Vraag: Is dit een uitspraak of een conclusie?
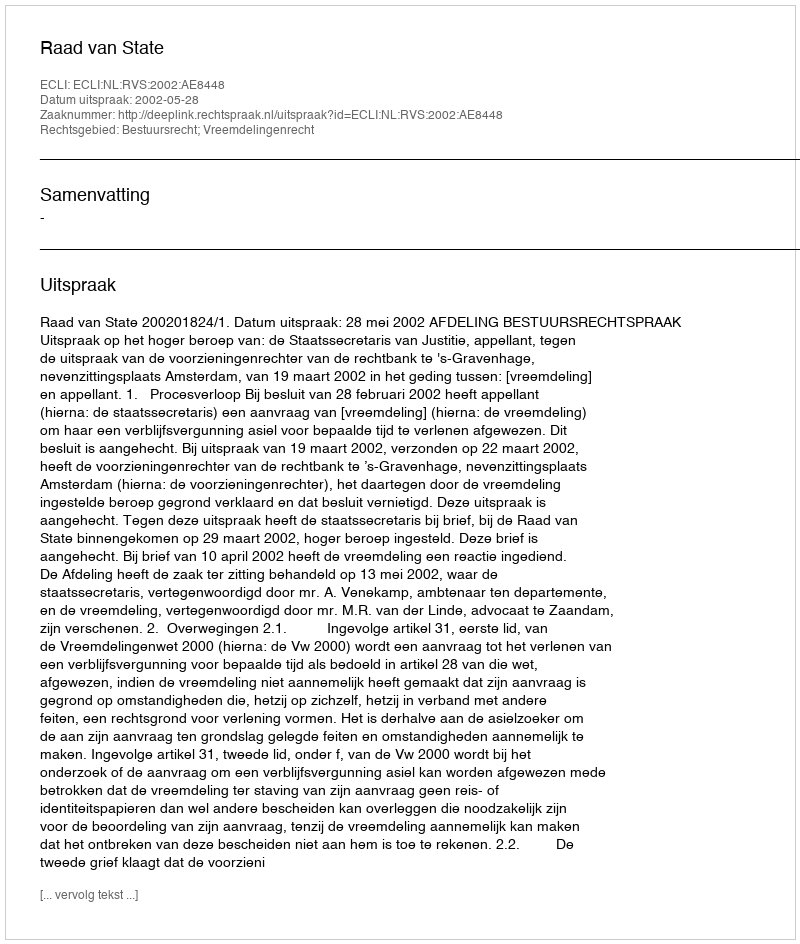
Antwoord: Uitspraak